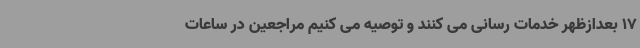
17 بعدازظهر خدمات رسانی می کنند و توصیه می کنیم مراجعین در ساعات